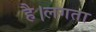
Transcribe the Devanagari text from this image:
है।लगता